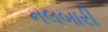
નલબારી